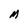
Character: M